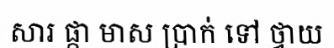
សារ ផ្កា មាស ប្រាក់ ទៅ ថ្វាយ